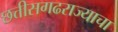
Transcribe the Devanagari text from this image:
छत्तीसगढराज्याचा